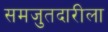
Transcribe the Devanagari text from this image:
समजुतदारीला